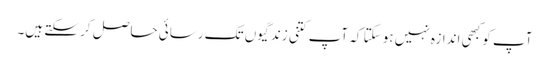
آپ کو کبھی اندازہ نہیں ہو سکتا کہ آپ کتنی زندگیوں تک رسائی حاصل کر سکتے ہیں۔